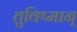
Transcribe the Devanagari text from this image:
तुविष्मान्